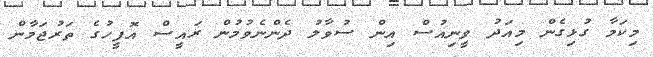
މިކަމާ ގުޅިގެން މިއަދު ވީނިއުސް އިން ސުވާލު ދެންނެވުމުން ރައީސް އޮފީހުގެ ތަރުޖަމާން